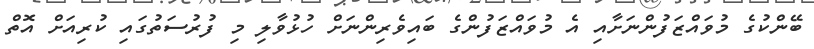
ބޭންކުގެ މުވައްޒަފުންނަށާއި އެ މުވައްޒަފުންގެ ބައިވެރިންނަށް ހުޅުވާލި މި ފުރުސަތުގައި ކުރިއަށް އޮތް